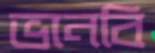
ভানবি